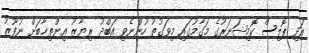
އަދި ޕޮލިސް ކޮމިޝަނަރުގެ މަގާމުގައި މިވަގުތު ހުންނެވި އަބްދު ރިޔާޒު އިންތިޚާބަށް ނުފޫޒު